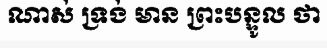
ណាស់ ទ្រង់ មាន ព្រះបន្ទូល ថា